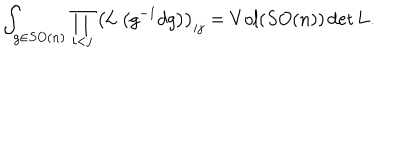
\int _ { g \in S O ( n ) } \prod _ { i < j } \left( { \bf L } \left( g ^ { - 1 } d g \right) \right) _ { i j } = V o l ( S O ( n ) ) \det { \bf L } .